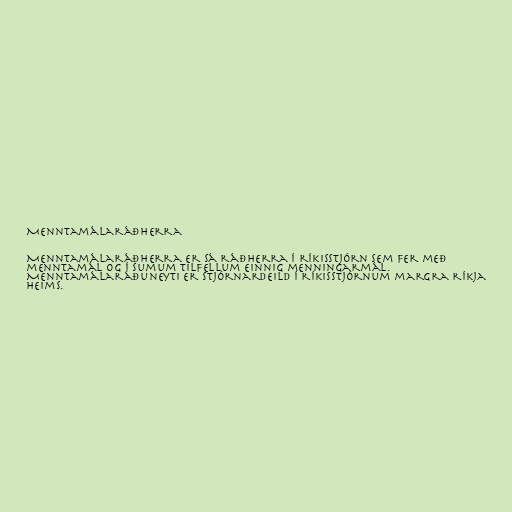
Menntamálaráðherra

Menntamálaráðherra er sá ráðherra í ríkisstjórn sem fer með
menntamál og í sumum tilfellum einnig menningarmál.
Menntamálaráðuneyti er stjórnardeild í ríkisstjórnum margra ríkja
heims.